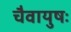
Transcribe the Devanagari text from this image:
चैवायुषः